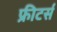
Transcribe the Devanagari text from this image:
फ्रीटर्स